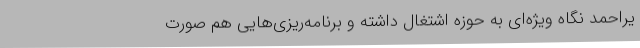
یراحمد نگاه ویژه‌ای به حوزه اشتغال داشته و برنامه‌ریزی‌هایی هم صورت